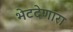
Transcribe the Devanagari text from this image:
भेटदेणारा